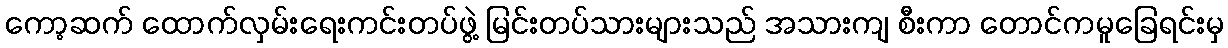
ကော့ဆက် ထောက်လှမ်းရေးကင်းတပ်ဖွဲ့ မြင်းတပ်သားများသည် အသားကျ စီးကာ တောင်ကမူခြေရင်းမှ